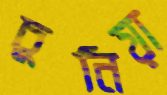
চুনিয়া